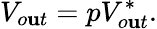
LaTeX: V_{o\mathbf{u}t}=pV_{o\mathbf{u}t}^{*}.